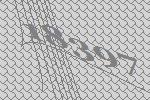
18397